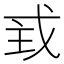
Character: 𢦴